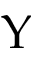
\Upsilon